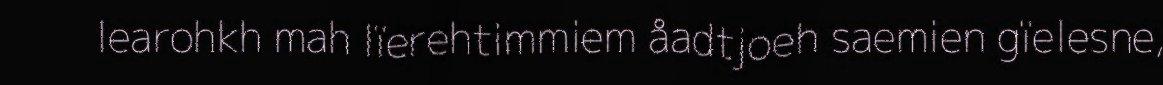
learohkh mah lïerehtimmiem åadtjoeh saemien gïelesne,